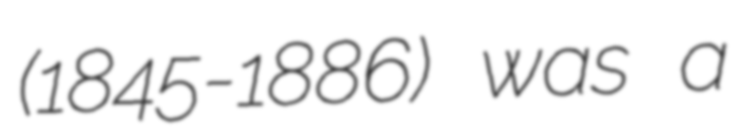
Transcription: (1845-1886) was a